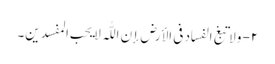
۲- ولا تبغ الفساد فی الأرض إن اللّٰہ لا یحب المفسدین۔